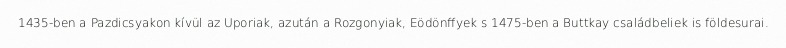
1435-ben a Pazdicsyakon kívül az Uporiak, azután a Rozgonyiak, Eödönffyek s 1475-ben a Buttkay családbeliek is földesurai.